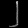
Digit: ၂